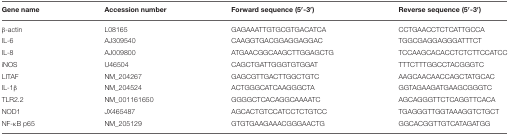
<table><thead><tr><td><b>Gene name</b></td><td><b>Accession number</b></td><td><b>Forward sequence (5′-3′)</b></td><td><b>Reverse sequence (5′-3′)</b></td></tr></thead><tbody><tr><td>β-actin</td><td>L08165</td><td>GAGAAATTGTGCGTGACATCA</td><td>CCTGAACCTCTCATTGCCA</td></tr><tr><td>IL-6</td><td>AJ309540</td><td>CAAGGTGACGGAGGAGGAC</td><td>TGGCGAGGAGGGATTTCT</td></tr><tr><td>IL-8</td><td>AJ009800</td><td>ATGAACGGCAAGCTTGGAGCTG</td><td>TCCAAGCACACCTCTCTTCCATCC</td></tr><tr><td>iNOS</td><td>U46504</td><td>CAGCTGATTGGGTGTGGAT</td><td>TTTCTTTGGCCTACGGGTC</td></tr><tr><td>LITAF</td><td>NM_204267</td><td>GAGCGTTGACTTGGCTGTC</td><td>AAGCAACAACCAGCTATGCAC</td></tr><tr><td>IL-1β</td><td>NM_204524</td><td>ACTGGGCATCAAGGGCTA</td><td>GGTAGAAGATGAAGCGGGTC</td></tr><tr><td>TLR2.2</td><td>NM_001161650</td><td>GGGGCTCACAGGCAAAATC</td><td>AGCAGGGTTCTCAGGTTCACA</td></tr><tr><td>NOD1</td><td>JX465487</td><td>AGCACTGTCCATCCTCTGTCC</td><td>TGAGGGTTGGTAAAGGTCTGCT</td></tr><tr><td>NF-κB p65</td><td>NM_205129</td><td>GTGTGAAGAAACGGGAACTG</td><td>GGCACGGTTGTCATAGATGG</td></tr></tbody></table>